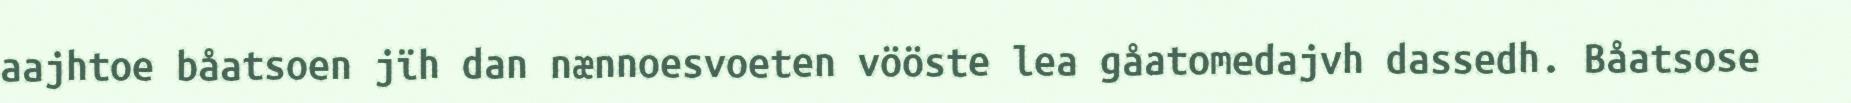
aajhtoe båatsoen jïh dan nænnoesvoeten vööste lea gåatomedajvh dassedh. Båatsose